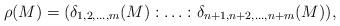
LaTeX: \begin{align*} \rho(M) = ( \delta_{1, 2, \ldots, m}(M): \ldots: \delta_{n+1, n+2, \ldots, n+m}(M)),\end{align*}